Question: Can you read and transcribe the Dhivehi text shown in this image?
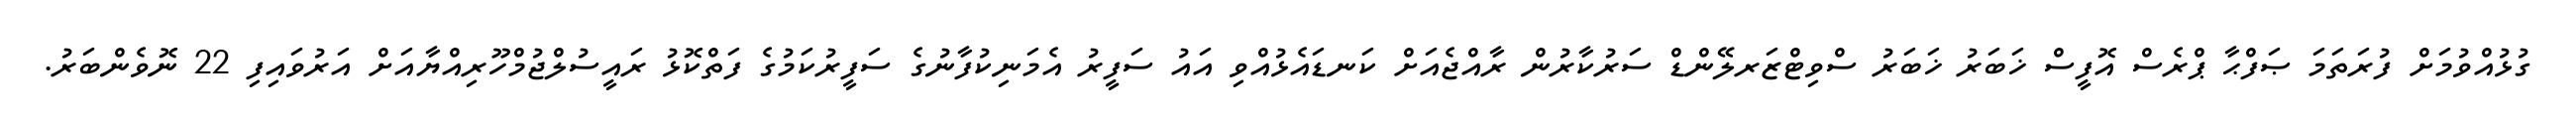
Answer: ގުޅުއްވުމަށް ފުރަތަމަ ޞަފްޙާ ޕްރެސް އޮފީސް ޚަބަރު ޚަބަރު ސްވިޓްޒަރލޭންޑް ސަރުކާރުން ރާއްޖެއަށް ކަނޑައެޅުއްވި އައު ސަފީރު އެމަނިކުފާނުގެ ސަފީރުކަމުގެ ފަތްކޮޅު ރައީސުލްޖުމްހޫރިއްޔާއަށް އަރުވައިފި 22 ނޮވެންބަރު.